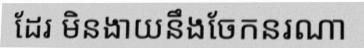
ដែរ មិនងាយនឹងចែកនរណា